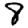
Digit: 8